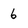
Character: 6